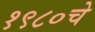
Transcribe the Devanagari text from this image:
१९८०चे